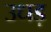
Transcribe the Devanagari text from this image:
उधड़